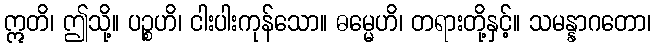
ဣတိ၊ ဤသို့။ ပဉ္စဟိ၊ ငါးပါးကုန်သော။ ဓမ္မေဟိ၊ တရားတို့နှင့်။ သမန္နာဂတော၊